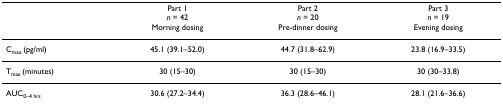
<table><thead><tr><td></td><td><b>Part 1<i>n </i>= 42Morning dosing</b></td><td><b>Part 2<i>n </i>= 20Pre-dinner dosing</b></td><td><b>Part 3<i>n </i>= 19Evening dosing</b></td></tr></thead><tbody><tr><td>C<sub>max </sub>(pg/ml)</td><td>45.1 (39.1–52.0)</td><td>44.7 (31.8–62.9)</td><td>23.8 (16.9–33.5)</td></tr><tr><td>T<sub>max </sub>(minutes)</td><td>30 (15–30)</td><td>30 (15–30)</td><td>30 (30–33.8)</td></tr><tr><td>AUC<sub>0–4 hrs</sub></td><td>30.6 (27.2–34.4)</td><td>36.3 (28.6–46.1)</td><td>28.1 (21.6–36.6)</td></tr></tbody></table>